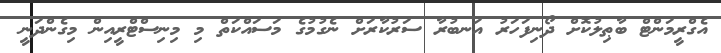
އެގްރީމަންޓް ބާޠިލުކޮށް ދޯނިފަހަރު އަނބުރާ ސަރުކާރަށް ނެގުމުގެ މަސައްކަތް މި މިނިސްޓްރީއިން މިގެންދަނީ